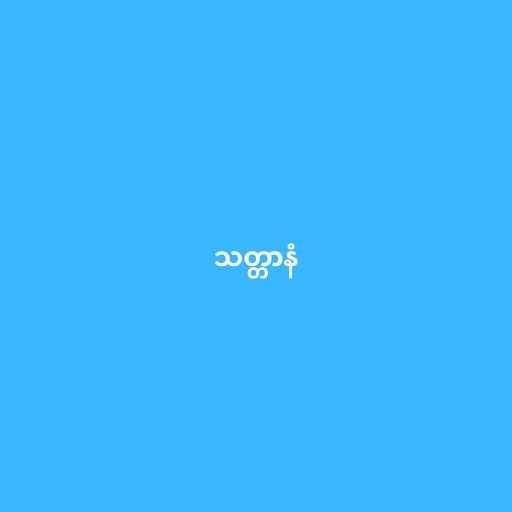
သတ္တာနံ